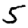
Digit: 5